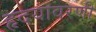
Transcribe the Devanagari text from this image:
हृदयावरणी